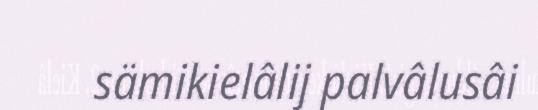
sämikielâlij palvâlusâi